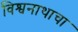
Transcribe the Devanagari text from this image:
विश्वनाथाचा